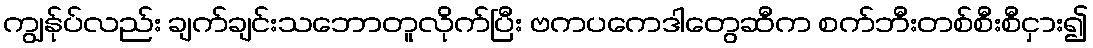
ကျွန်ုပ်လည်း ချက်ချင်းသဘောတူလိုက်ပြီး ဗကပကေဒါတွေဆီက စက်ဘီးတစ်စီးစီငှား၍